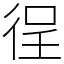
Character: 徎